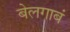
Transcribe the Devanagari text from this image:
बेलगाबं